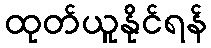
ထုတ်ယူနိုင်ရန်